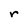
Character: r